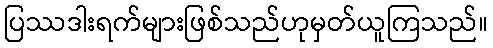
ပြဿဒါးရက်များဖြစ်သည်ဟုမှတ်ယူကြသည်။